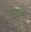
ગોઢ